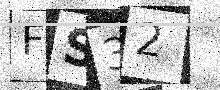
Text: FS32